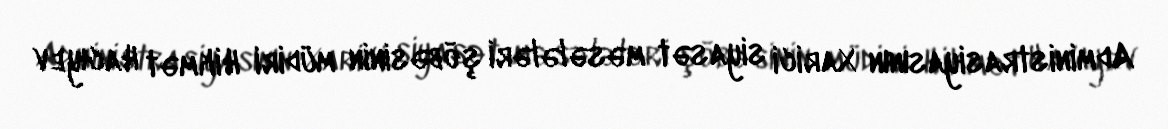
Administrasiyasının Xarici siyasət məsələləri şöbəsinin müdiri Hikmət Hacıyev